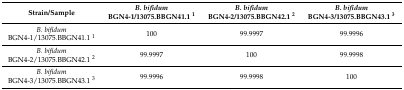
<table><thead><tr><td><b>Strain/Sample</b></td><td><b><i>B. bifidum</i> BGN4-1/13075.BBGN41.1 <sup>1</sup></b></td><td><b><i>B. bifidum</i> BGN4-2/13075.BBGN42.1 <sup>2</sup></b></td><td><b><i>B. bifidum</i> BGN4-3/13075.BBGN43.1 <sup>3</sup></b></td></tr></thead><tbody><tr><td><i>B. bifidum</i> BGN4-1/13075.BBGN41.1 <sup>1</sup></td><td>100</td><td>99.9997</td><td>99.9996</td></tr><tr><td><i>B. bifidum</i> BGN4-2/13075.BBGN42.1 <sup>2</sup></td><td>99.9997</td><td>100</td><td>99.9998</td></tr><tr><td><i>B. bifidum</i> BGN4-3/13075.BBGN43.1 <sup>3</sup></td><td>99.9996</td><td>99.9998</td><td>100</td></tr></tbody></table>